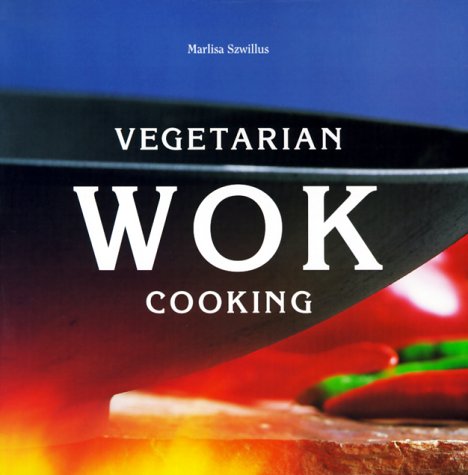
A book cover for Vegetarian Wok Cooking; Marlisa Szwillus; Cookbooks, Food & Wine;